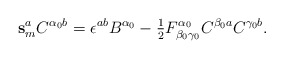
\begin{align*}\mathbf{s}_m^a C^{\alpha_0 b} = \epsilon^{ab} B^{\alpha_0} -\hbox{$\frac{1}{2}$}F^{\alpha_0}_{\beta_0 \gamma_0} C^{\beta_0 a} C^{\gamma_0 b}.\end{align*}